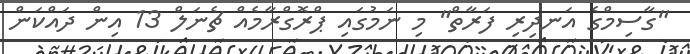
"ގާސިމްގެ އަނދިރި ފަރާތް" މި ނަމުގައި ޕްރޮގްރާމެއް ޗެނަލް 13 އިން ދައްކަން